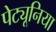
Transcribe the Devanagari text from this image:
पेट्यूनिया